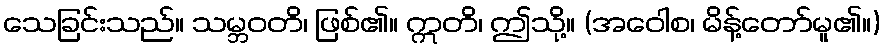
သေခြင်းသည်။ သမ္ဘဝတိ၊ ဖြစ်၏။ ဣတိ၊ ဤသို့။ (အဝေါစ၊ မိန့်တော်မူ၏။)